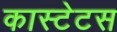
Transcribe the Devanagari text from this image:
कास्टेटस